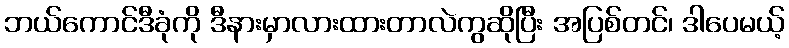
ဘယ်ကောင်ဒီခုံကို ဒီနားမှာလားထားတာလဲကွဆိုပြီး အပြစ်တင်၊ ဒါပေမယ့်